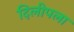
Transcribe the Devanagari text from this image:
दिलीपला